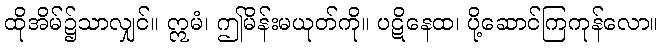
ထိုအိမ်၌သာလျှင်။ ဣမံ၊ ဤမိန်းမယုတ်ကို။ ပဋိနေထ၊ ပို့ဆောင်ကြကုန်လော။